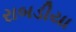
રાબડીયા